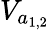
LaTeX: V_{a_{1,2}}